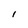
Character: l